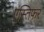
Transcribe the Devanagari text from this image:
एस्तिफर